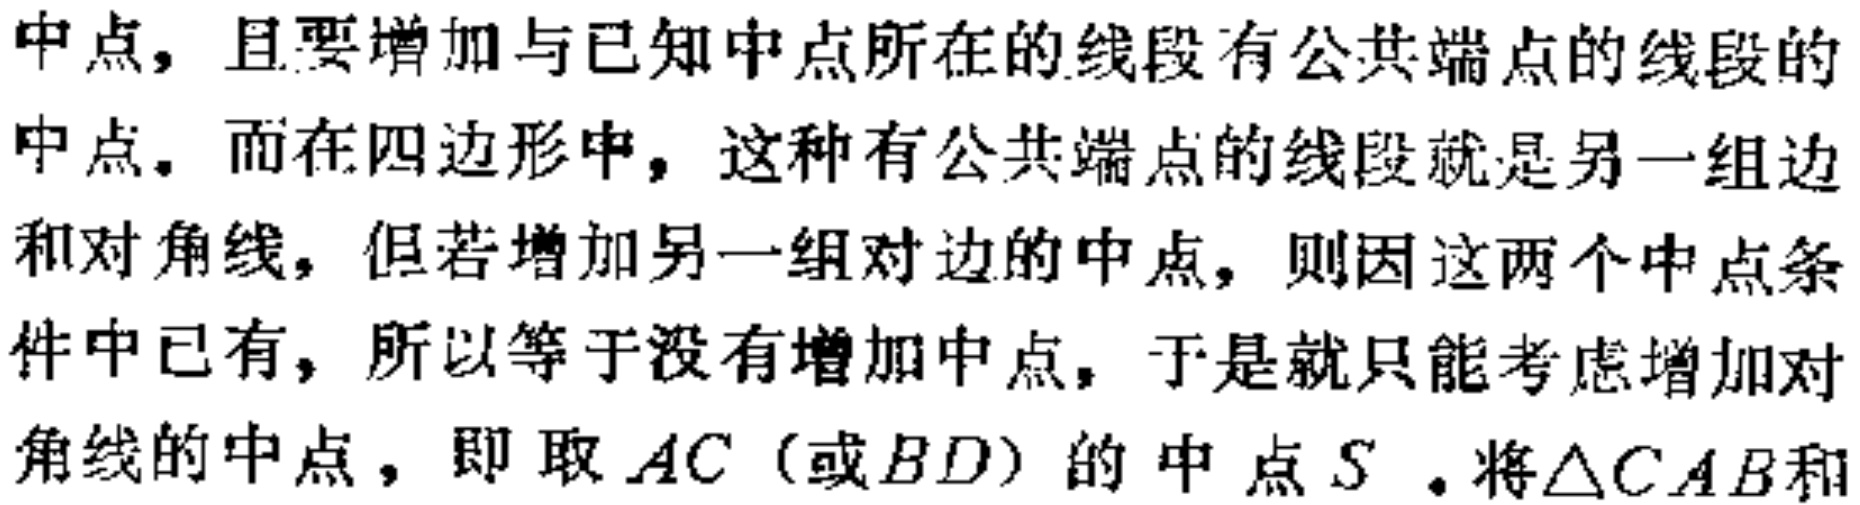
中点，且要增加与已知中点所在的线段有公共端点的线段的
中点。而在四边形中，这种有公共端点的线段就是另一组边
和对角线，但若增加另一组对边的中点，则因这两个中点条
件中已有，所以等于没有增加中点，于是就只能考虑增加对
角线的中点，即取 \(AC\)（或 \(BD\)）的中点 \(S\)。将\(\triangle CAB\)和